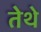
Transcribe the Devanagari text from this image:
तेेथे